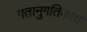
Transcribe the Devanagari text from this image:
गतानुगतिकता